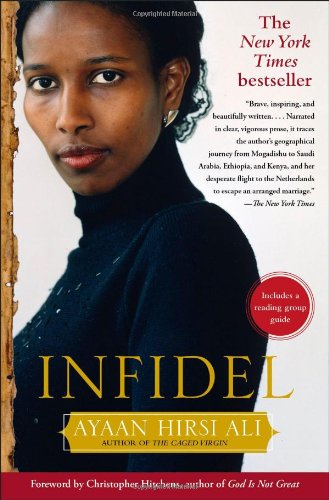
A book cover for Infidel; Ayaan Hirsi Ali; Biographies & Memoirs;